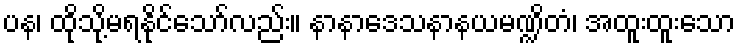
ပန၊ ထိုသို့မရနိုင်သော်လည်း။ နာနာဒေသနာနယမဏ္ဍိတံ၊ အထူးထူးသော